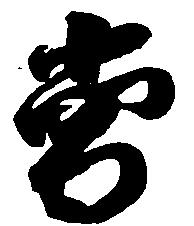
当